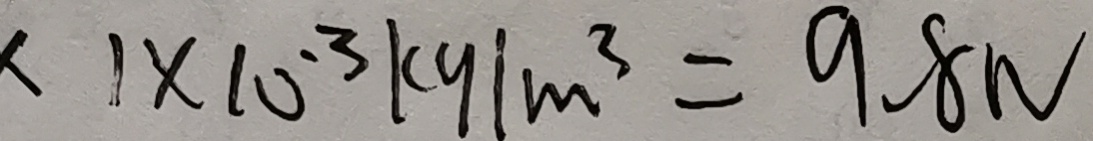
1 \times 1 0 ^ { 3 } k g / m ^ { 3 } = 9 . 8 N